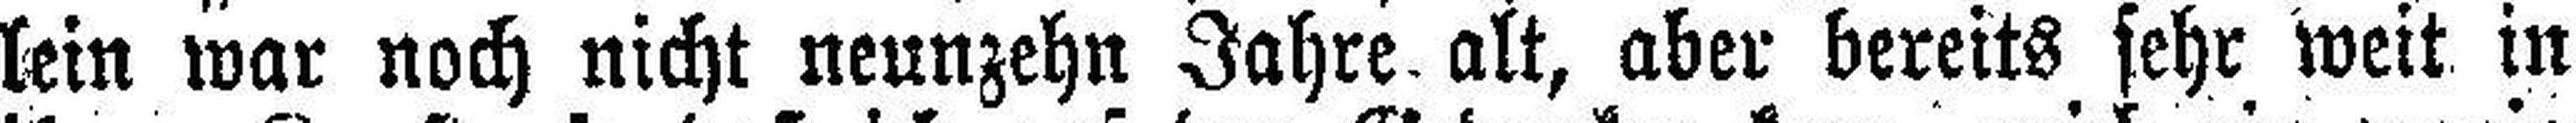
lein war noch nicht neunzehn Jahre alt, aber bereits sehr weit in